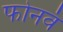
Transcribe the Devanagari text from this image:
फोनवं